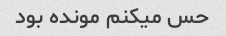
حس میکنم مونده بود